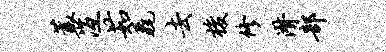
蓑冱茹毳去梭修潸部